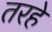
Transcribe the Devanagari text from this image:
तरहे